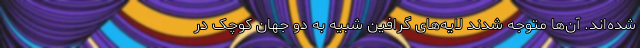
شده‌اند. آن‌ها متوجه شدند لایه‌های گرافین شبیه به دو جهان کوچک در